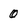
Character: 0